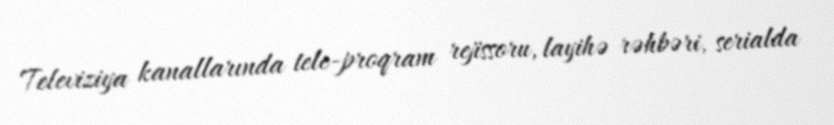
Televiziya kanallarında tele-proqram rejissoru, layihə rəhbəri, serialda